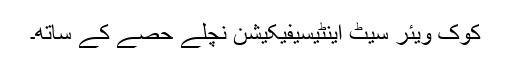
کوک ویئر سیٹ اینٹیسیفیکیشن نچلے حصے کے ساتھ۔